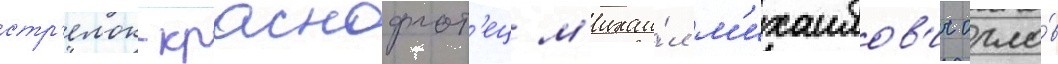
стр'елок-краснофлот'ец м'ихаи́л м'ихаилов'ич орло́в